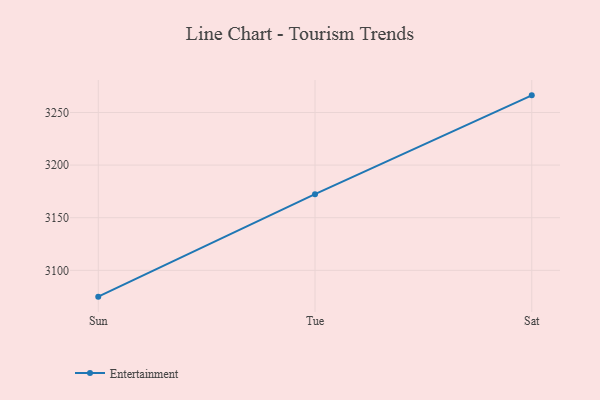
{"axis": {"x": "Day", "y": "Market Share (%)"}, "legend": ["Entertainment"], "data": [{"x": "Sun", "y": 3075.0, "type": "Entertainment"}, {"x": "Tue", "y": 3172.4, "type": "Entertainment"}, {"x": "Sat", "y": 3266.3, "type": "Entertainment"}]}